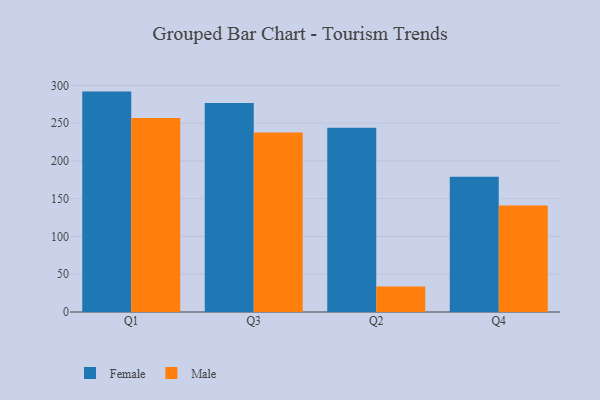
{"axis": {"x": "Quarter", "y": "Satisfaction Score"}, "legend": ["Female", "Male"], "data": [{"x": "Q1", "y": 291.8, "type": "Female"}, {"x": "Q1", "y": 257.0, "type": "Male"}, {"x": "Q3", "y": 276.7, "type": "Female"}, {"x": "Q3", "y": 237.7, "type": "Male"}, {"x": "Q2", "y": 243.9, "type": "Female"}, {"x": "Q2", "y": 33.9, "type": "Male"}, {"x": "Q4", "y": 179.0, "type": "Female"}, {"x": "Q4", "y": 140.9, "type": "Male"}]}